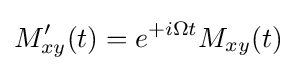
M_{xy}'(t)=e^{+i\Omega t}M_{xy}(t)